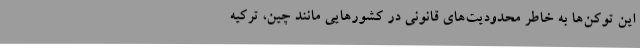
این توکن‌ها به خاطر محدودیت‌های قانونی در کشورهایی مانند چین، ترکیه